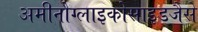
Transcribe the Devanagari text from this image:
अमीनोग्लाइकोसाइडजैसे